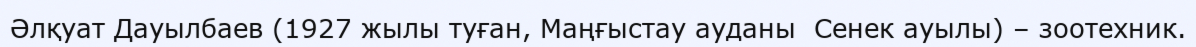
Әлқуат Дауылбаев (1927 жылы туған, Маңғыстау ауданы  Сенек ауылы) – зоотехник.